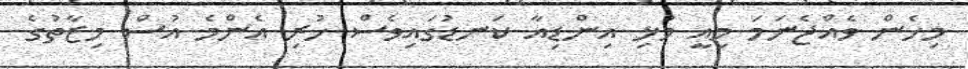
މިހެން ވެއްޖެނަމަ މިއީ މުޅި އިންޑިއާ ކަނޑުގައިވެސް ހުރި އެންމެ އުސް މިޒާތުގެ